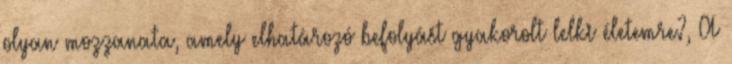
olyan mozzanata, amely elhatározó befolyást gyakorolt lelki életemre?, A